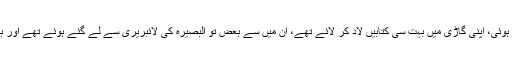
وہ آئے تو عجیب بات ہوئی، اپنی گاڑی میں بہت سی کتابیں لاد کر لائے تھے، ان میں سے بعض تو البصیرہ کی لائبریری سے لے گئے ہوئے تھے اور بعض ان کی اپنی تھیں۔